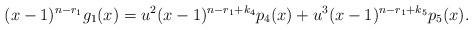
LaTeX: \begin{align*} (x-1)^{n-r_1}g_1(x)=u^2(x-1)^{n-r_1+k_4}p_4(x)+u^3(x-1)^{n-r_1+k_5}p_5(x). \end{align*}